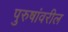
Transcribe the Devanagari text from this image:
पुरुषांवरील